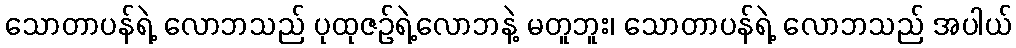
သောတာပန်ရဲ့ လောဘသည် ပုထုဇဉ်ရဲ့လောဘနဲ့ မတူဘူး၊ သောတာပန်ရဲ့ လောဘသည် အပါယ်